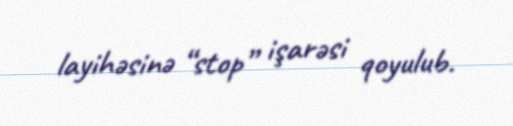
layihəsinə “stop” işarəsi qoyulub.